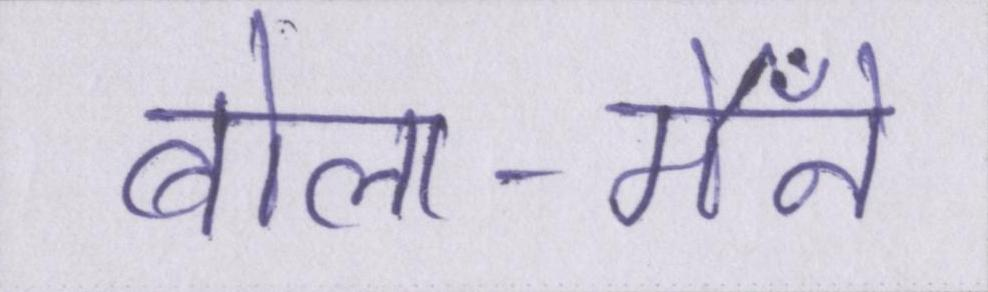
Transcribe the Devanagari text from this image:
बोला-मैँने